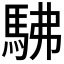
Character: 𮩽